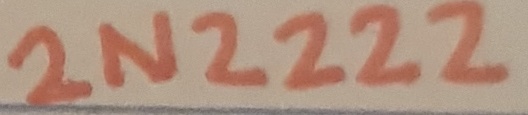
Text: 2N2222